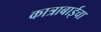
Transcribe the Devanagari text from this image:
कात्राबाईचा